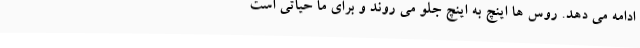
ادامه می دهد. روس ها اینچ به اینچ جلو می روند و برای ما حیاتی است